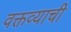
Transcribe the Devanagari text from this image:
वक्तव्याची